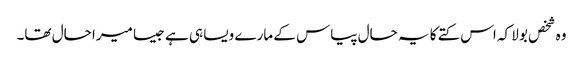
وہ شخص بولا کہ اس کتے کا یہ حال پیاس کے مارے ویسا ہی ہے جیسا میرا حال تھا۔